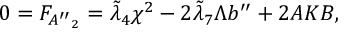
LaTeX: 0 = F _ { { A ^ { \prime \prime } } _ { 2 } } = \tilde { \lambda } _ { 4 } \chi ^ { 2 } - 2 \tilde { \lambda } _ { 7 } \Lambda b ^ { \prime \prime } + 2 { \cal A } K B ,